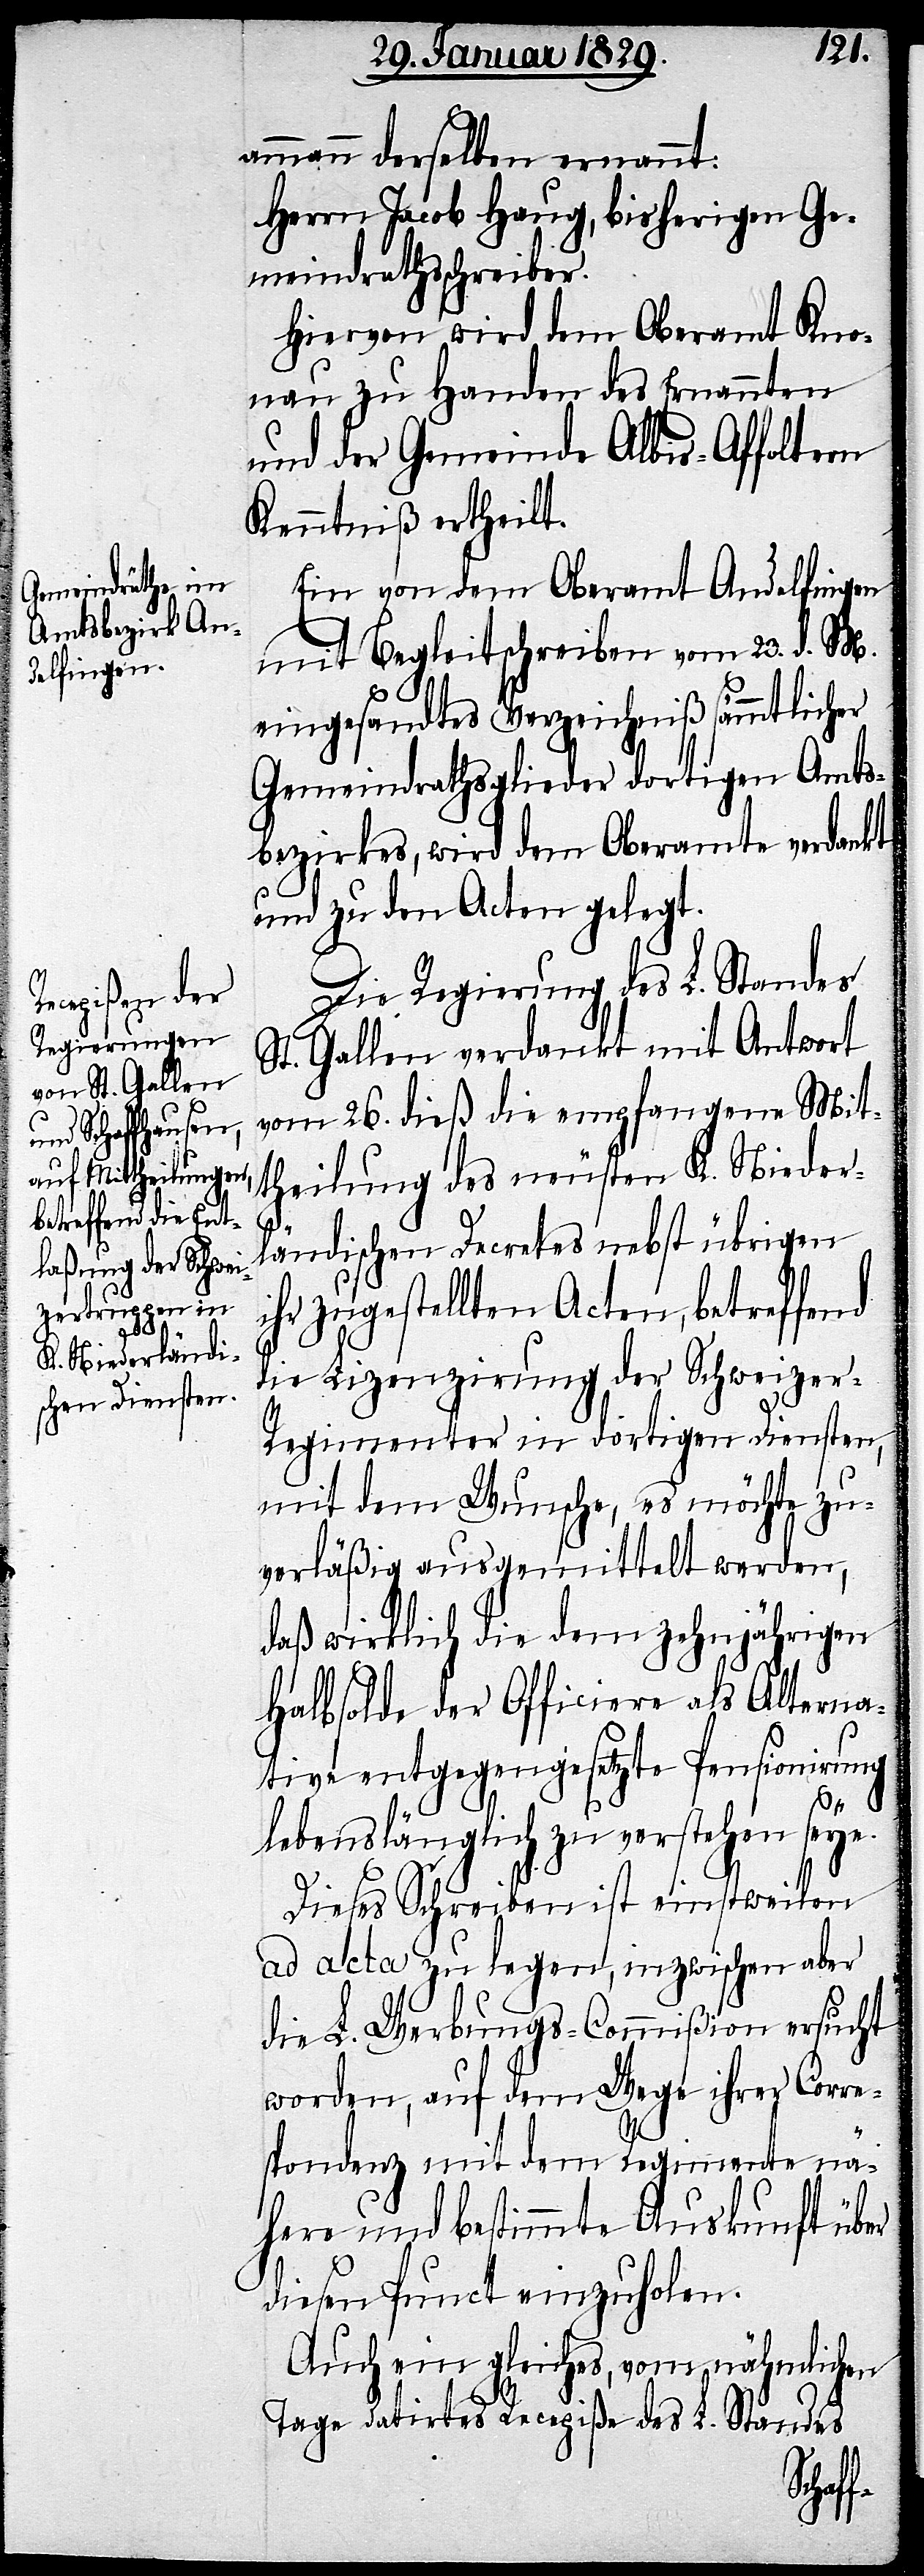
ammann derselben ernannt:
Herrn Jacob Haug, bisheriger Ge¬
meindrathsschreiber.
Hiervon wird dem Oberamt Kno¬
nau zu Handen des Ernannten
und der Gemeinde Albis-Affoltern
Kenntniß ertheilt.
Ein von dem Oberamt Andelfingen
mit Begleitschreiben vom 23. d. M.
eingesandtes Verzeichniß sämmtlicher
Gemeindrathsglieder dortigen Amts¬
bezirkes, wird dem Oberamte verdankt
und zu den Acten gelegt.
Die Regierung des L. Standes
St. Gallen verdankt mit Antwort
vom 26. dieß die empfangene Mit¬
theilung des neusten K. Nieder¬
ländischen Decretes nebst übrigen
ihr zugestellten Acten, betreffend
die Lizenzirung der Schweize¬
r-Regimenter in dortigen Diensten,
mit dem Wunsche, es möchte zu¬
verläßig ausgemittelt werden,
daß wirklich die dem zehnjährigen
Halbsolde der Officiere als Alterna¬
tive entgegengesetzte Pensionirung
lebenslänglich zu verstehen seye.
Dieses Schreiben ist einstweilen
ad acta zu legen, inzwischen aber
die L. Werbungs-Commißion ersucht
worden, auf dem Wege ihrer Corre¬
spondenz mit dem Regimente nä¬
here und bestimmte Auskunft über
diesen Punct einzuholen.
Auch ein gleiches, vom nähmlichen
Tage datirtes Recepiße des L. Standes